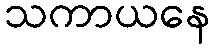
သကာယနေ